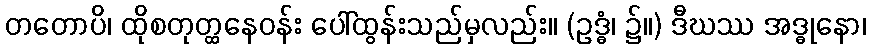
တတောပိ၊ ထိုစတုတ္ထနေဝန်း ပေါ်ထွန်းသည်မှလည်း။ (ဥဒ္ဓံ၊ ၌။) ဒီဃဿ အဒ္ဓုနော၊